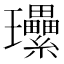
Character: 𤫤